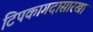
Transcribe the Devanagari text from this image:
टिपकागदासारखा